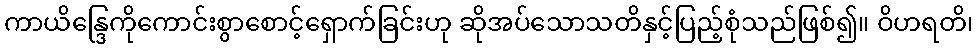
ကာယိန္ဒြေကိုကောင်းစွာစောင့်ရှောက်ခြင်းဟု ဆိုအပ်သောသတိနှင့်ပြည့်စုံသည်ဖြစ်၍။ ဝိဟရတိ၊